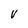
Character: V